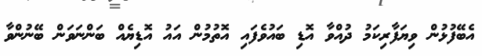
އެބޭފުޅުން ވިޔަފާރިކަމު ދުއްވާ އޮޑި ބައުވެފައި އޮތުމުން އައު އޮޑިޔެއް ބަންނަވަން ބޭނުންވާ